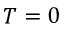
T = 0